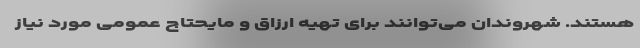
هستند. شهروندان می‌توانند برای تهیه ارزاق و مایحتاج عمومی مورد نیاز